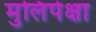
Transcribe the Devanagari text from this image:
मुलिंपेक्षा